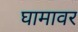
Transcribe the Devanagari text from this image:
घामावर